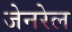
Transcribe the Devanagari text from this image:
जेनरेल